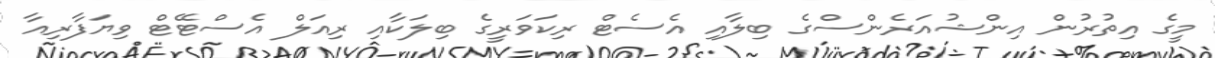
މީގެ އިތުރުން އިންޝުއަރެންސްގެ ބިލާއި އެސެޓް ރިކަވަރީގެ ބިލަކާއި ރިއަލް އެސްޓޭޓް ވިޔަފާރިއާ